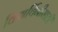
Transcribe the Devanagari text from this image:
विद्यार्थिनीसाठी